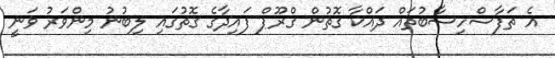
އެ ތަފާސްހިސާބުތައް ދައްކާ ގޮތުން ގްރޫޕް ފައިދާގެ ގޮތުގައި ލިބުނު މިންވަރު ވަނީ